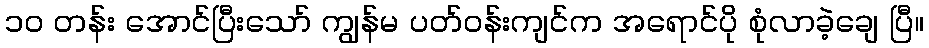
၁၀ တန်း အောင်ပြီးသော် ကျွန်မ ပတ်ဝန်းကျင်က အရောင်ပို စုံလာခဲ့ချေ ပြီ။